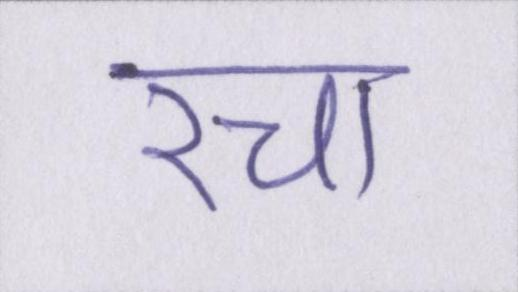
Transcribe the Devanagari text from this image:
रचा